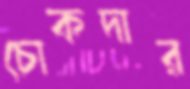
চোকদার